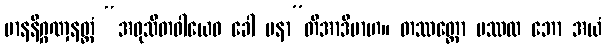
မာနနိဂ္ဂဏှနတ္ထံ “အဝုသိတဝါယေဝ ခေါ ပနာ”တိအာဒိမာဟ။ တဿတ္ထော ပဿထ ဘော အယံ